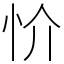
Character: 忦